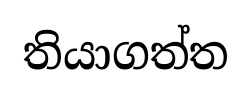
තියාගත්ත